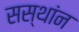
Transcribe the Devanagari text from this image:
सस्थांन